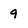
Character: 9